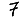
Digit: 7